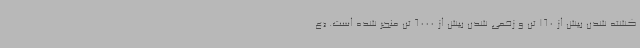
کشته شدن بیش از 160 تن و زخمی شدن بیش از 6000 تن منجر شده است. «ع